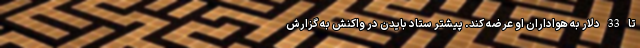
تا 33 دلار به هواداران او عرضه کند. پیشتر ستاد بایدن در واکنش به گزارش